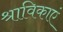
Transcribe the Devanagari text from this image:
श्राविकाएं